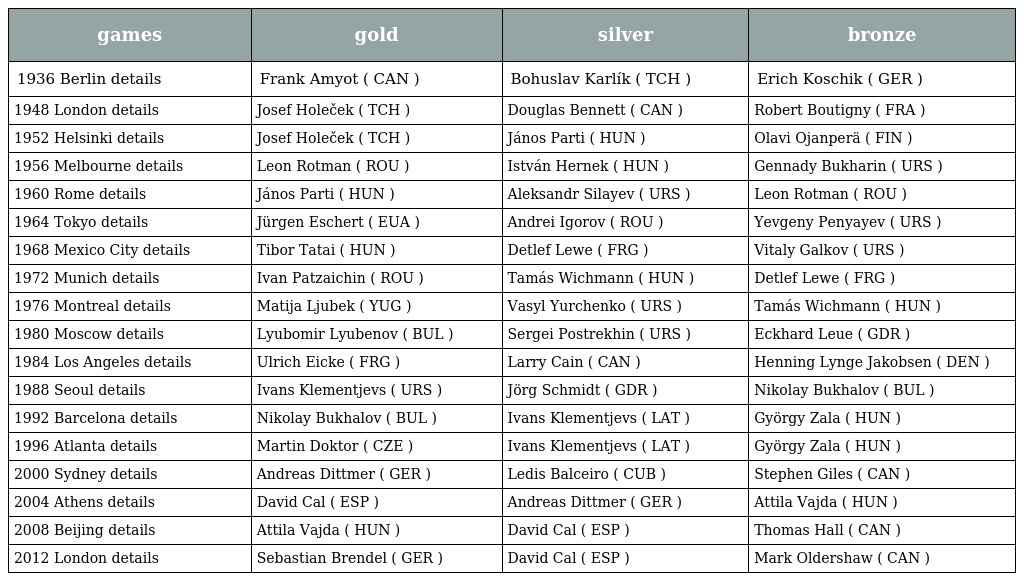
| games | gold | silver | bronze |
 | --- | --- | --- | --- |
 | 1936 Berlin details | Frank Amyot ( CAN ) | Bohuslav Karlík ( TCH ) | Erich Koschik ( GER ) |
 | 1948 London details | Josef Holeček ( TCH ) | Douglas Bennett ( CAN ) | Robert Boutigny ( FRA ) |
 | 1952 Helsinki details | Josef Holeček ( TCH ) | János Parti ( HUN ) | Olavi Ojanperä ( FIN ) |
 | 1956 Melbourne details | Leon Rotman ( ROU ) | István Hernek ( HUN ) | Gennady Bukharin ( URS ) |
 | 1960 Rome details | János Parti ( HUN ) | Aleksandr Silayev ( URS ) | Leon Rotman ( ROU ) |
 | 1964 Tokyo details | Jürgen Eschert ( EUA ) | Andrei Igorov ( ROU ) | Yevgeny Penyayev ( URS ) |
 | 1968 Mexico City details | Tibor Tatai ( HUN ) | Detlef Lewe ( FRG ) | Vitaly Galkov ( URS ) |
 | 1972 Munich details | Ivan Patzaichin ( ROU ) | Tamás Wichmann ( HUN ) | Detlef Lewe ( FRG ) |
 | 1976 Montreal details | Matija Ljubek ( YUG ) | Vasyl Yurchenko ( URS ) | Tamás Wichmann ( HUN ) |
 | 1980 Moscow details | Lyubomir Lyubenov ( BUL ) | Sergei Postrekhin ( URS ) | Eckhard Leue ( GDR ) |
 | 1984 Los Angeles details | Ulrich Eicke ( FRG ) | Larry Cain ( CAN ) | Henning Lynge Jakobsen ( DEN ) |
 | 1988 Seoul details | Ivans Klementjevs ( URS ) | Jörg Schmidt ( GDR ) | Nikolay Bukhalov ( BUL ) |
 | 1992 Barcelona details | Nikolay Bukhalov ( BUL ) | Ivans Klementjevs ( LAT ) | György Zala ( HUN ) |
 | 1996 Atlanta details | Martin Doktor ( CZE ) | Ivans Klementjevs ( LAT ) | György Zala ( HUN ) |
 | 2000 Sydney details | Andreas Dittmer ( GER ) | Ledis Balceiro ( CUB ) | Stephen Giles ( CAN ) |
 | 2004 Athens details | David Cal ( ESP ) | Andreas Dittmer ( GER ) | Attila Vajda ( HUN ) |
 | 2008 Beijing details | Attila Vajda ( HUN ) | David Cal ( ESP ) | Thomas Hall ( CAN ) |
 | 2012 London details | Sebastian Brendel ( GER ) | David Cal ( ESP ) | Mark Oldershaw ( CAN ) |